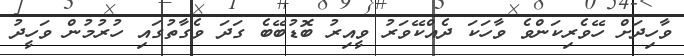
ވާހިދަށް ހޭވެރިކަންވެ ވާހަކަ ދެއްކޭވަރު ވީއިރު ބޮޑުބޭބެ ގަދަ ވެގާތުގައި ހުރުމުން ވަހީދު